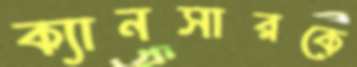
ক্যানসারকে